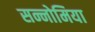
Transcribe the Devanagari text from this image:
सन्नोमिया